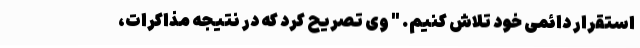
استقرار دائمی خود تلاش کنیم. " وی تصریح کرد که در نتیجه مذاکرات،